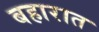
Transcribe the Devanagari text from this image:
बहारात